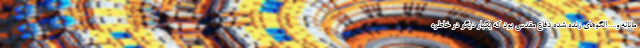
مانانه و.. . الگوهای زنده شده دفاع مقدس بود که یکبار دیگر در خاطره